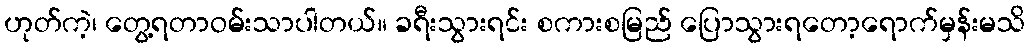
ဟုတ်ကဲ့၊ တွေ့ရတာဝမ်းသာပါတယ်။ ခရီးသွားရင်း စကားစမြည် ပြောသွားရတော့ရောက်မှန်းမသိ